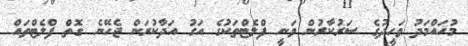
މުހައްމަދު ވަހީދުގެ ސަރުކާރުން ވަނީ ފްލެޓްތަކުގެ އަގު އަދާކުރަން ޖެހޭނެ ގޮތް ފްލެޓްތައް